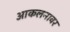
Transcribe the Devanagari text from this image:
आकलनावर